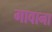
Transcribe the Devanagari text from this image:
गावाना